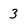
Character: 3